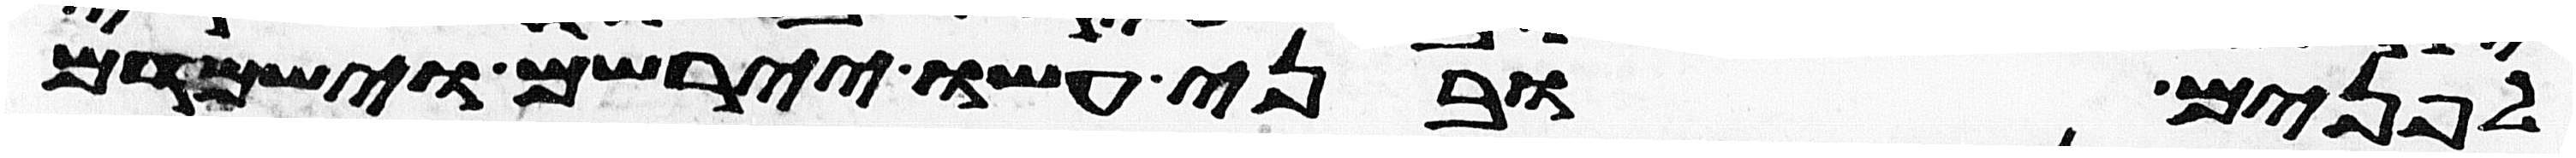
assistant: לפנים ובני עשו יירשום וישמדם